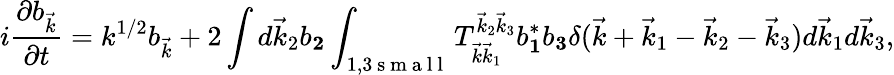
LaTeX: i\frac{\partial b_{\vec{k}}}{\partial t}=k^{1/2}b_{\vec{k}}+2\int d\vec{k}_{2}b_{\mathbf 2}\int_{1,3\mathrm{~s~m~a~l~l~}}T_{\vec{k}\vec{k}_{1}}^{\vec{k}_{2}\vec{k}_{3}}b_{\mathbf 1}^{*}b_{\mathbf 3}\delta(\vec{k}+\vec{k}_{1}-\vec{k}_{2}-\vec{k}_{3})d\vec{k}_{1}d\vec{k}_{3},